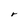
Character: r